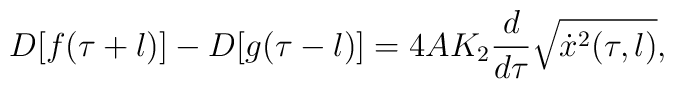
D[f(\tau+l)]-D[g(\tau-l)]=4 A K_2 \frac{d}{d \tau}\sqrt{\dot x^2(\tau,l)},